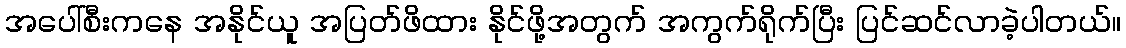
အပေါ်စီးကနေ အနိုင်ယူ အပြတ်ဖိထား နိုင်ဖို့အတွက် အကွက်ရိုက်ပြီး ပြင်ဆင်လာခဲ့ပါတယ်။